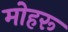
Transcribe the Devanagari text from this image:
मोहरू